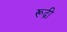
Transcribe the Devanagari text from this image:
रूद्री